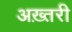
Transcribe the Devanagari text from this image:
अख़्तरी